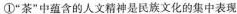
①”茶”中蕴含的人文精神是民族文化的集中表现